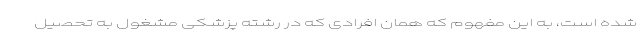
شده است، به این مفهوم که همان افرادی که در رشته پزشکی مشغول به تحصیل